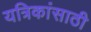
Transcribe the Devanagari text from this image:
यत्रिकांसाठी